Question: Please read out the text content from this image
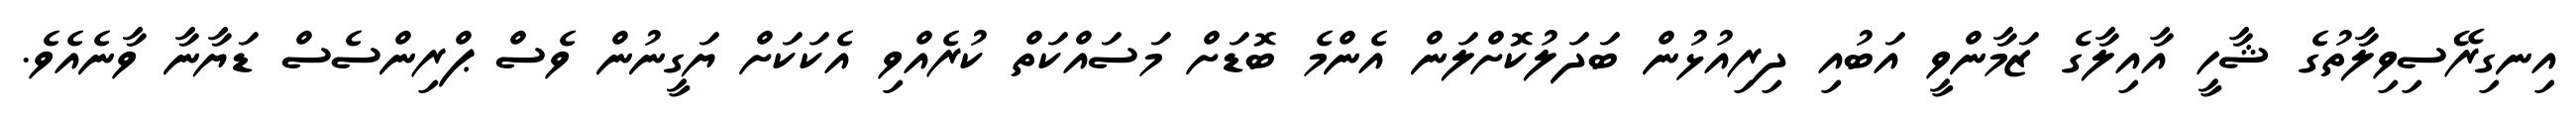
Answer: އިނގިރޭސިވިލާތުގެ ޝާހީ އާއިލާގެ ޒަމާންވީ އަބުއި ދިރިއުޅުން ބަދަލުކޮށްލަން އެންމެ ބޮޑަށް މަސައްކަތް ކުރެއްވި އެކަކަށް ޔަގީނުން ވެސް ޕްރިންސެސް ޑަޔާނާ ވާނެއެވެ.